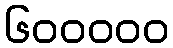
၆၀၀၀၀၀